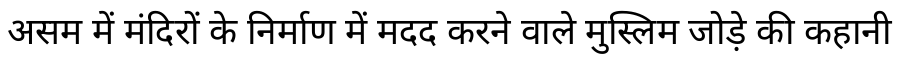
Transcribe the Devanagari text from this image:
असम में मंदिरों के निर्माण में मदद करने वाले मुस्लिम जोड़े की कहानी